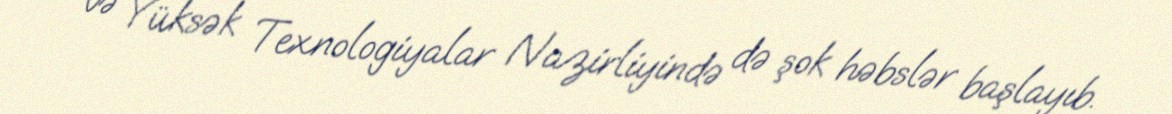
və Yüksək Texnologiyalar Nazirliyində də şok həbslər başlayıb.